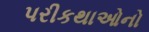
પરીકથાઓનો